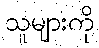
သူများကို